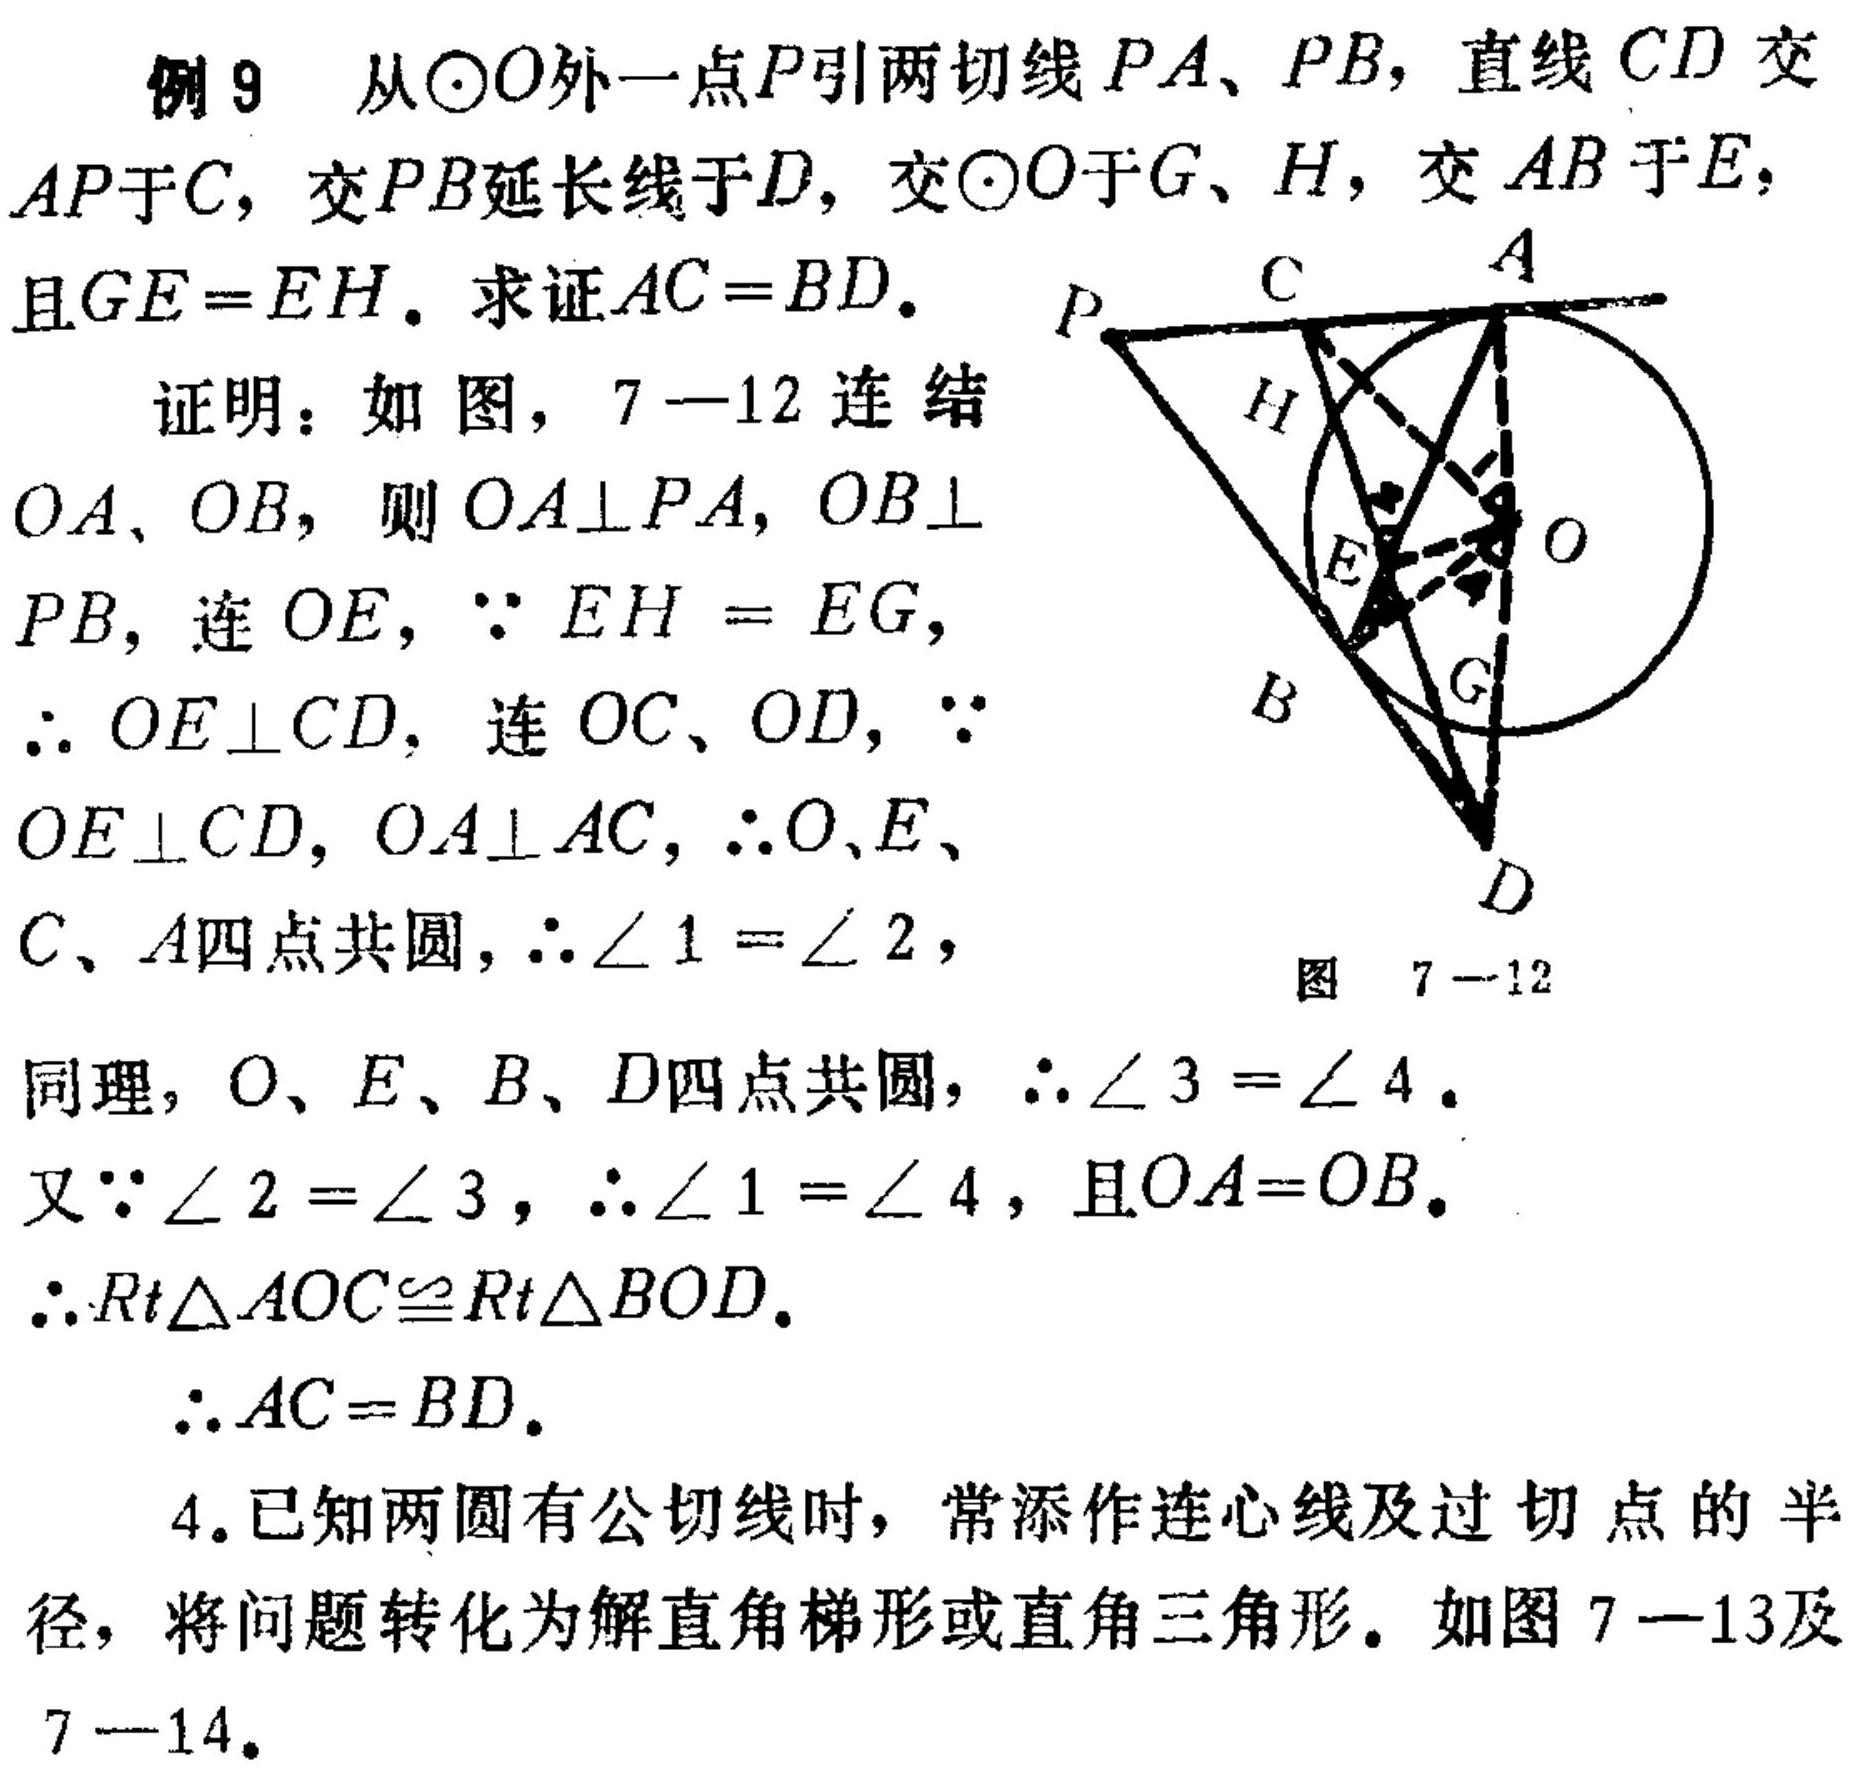
例9 从\(\odot O\)外一点\(P\)引两切线\(PA、PB\)，直线\(CD\)交\(AP\)于\(C\)，交\(PB\)延长线于\(D\)，交\(\odot O\)于\(G、H\)，交\(AB\)于\(E\)，且\(GE = EH\). 求证\(AC = BD\).
证明：如图，7 - 12连结\(OA、OB\)，则\(OA\perp PA\)，\(OB\perp PB\)，连\(OE\)，\(\because EH = EG\)，\(\therefore OE\perp CD\)，连\(OC、OD\)，\(\because OE\perp CD\)，\(OA\perp AC\)，\(\therefore O、E、C、A\)四点共圆，\(\therefore\angle 1=\angle 2\)，
同理，\(O、E、B、D\)四点共圆，\(\therefore\angle 3=\angle 4\).
又\(\because\angle 2=\angle 3\)，\(\therefore\angle 1=\angle 4\)，且\(OA = OB\).
\(\therefore Rt\triangle AOC\cong Rt\triangle BOD\).
\(\therefore AC = BD\).
4.已知两圆有公切线时，常添作连心线及过切点的半径，将问题转化为解直角梯形或直角三角形。如图7 - 13及7 - 14.